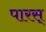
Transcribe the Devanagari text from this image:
पारस्